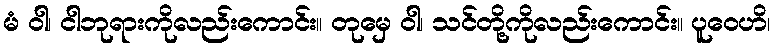
မံ ဝါ၊ ငါဘုရားကိုလည်းကောင်း။ တုမှေ ဝါ၊ သင်တို့ကိုလည်းကောင်း။ ပူဝေဟိ၊